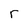
Character: r